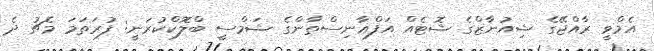
އެމްވީ ރާއްޖޭގެ ޝިއުނާޒްގެ ޝޮޓެއް އަފްޣާނިސްތާންގެ ޝަމްސީ ބްލޮކްކުރަނީ: ފުރަތަމަ މެޗު ދެ